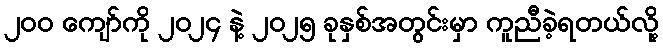
၂၀၀ ကျော်ကို ၂၀၂၄ နဲ့ ၂၀၂၅ ခုနှစ်အတွင်းမှာ ကူညီခဲ့ရတယ်လို့